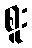
စူး